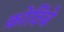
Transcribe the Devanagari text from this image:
कोठिंबे